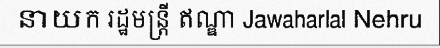
នាយក រដ្ឋមន្ត្រី ឥណ្ឌា Jawaharlal Nehru